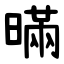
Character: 暪